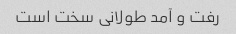
رفت و آمد طولانی سخت است